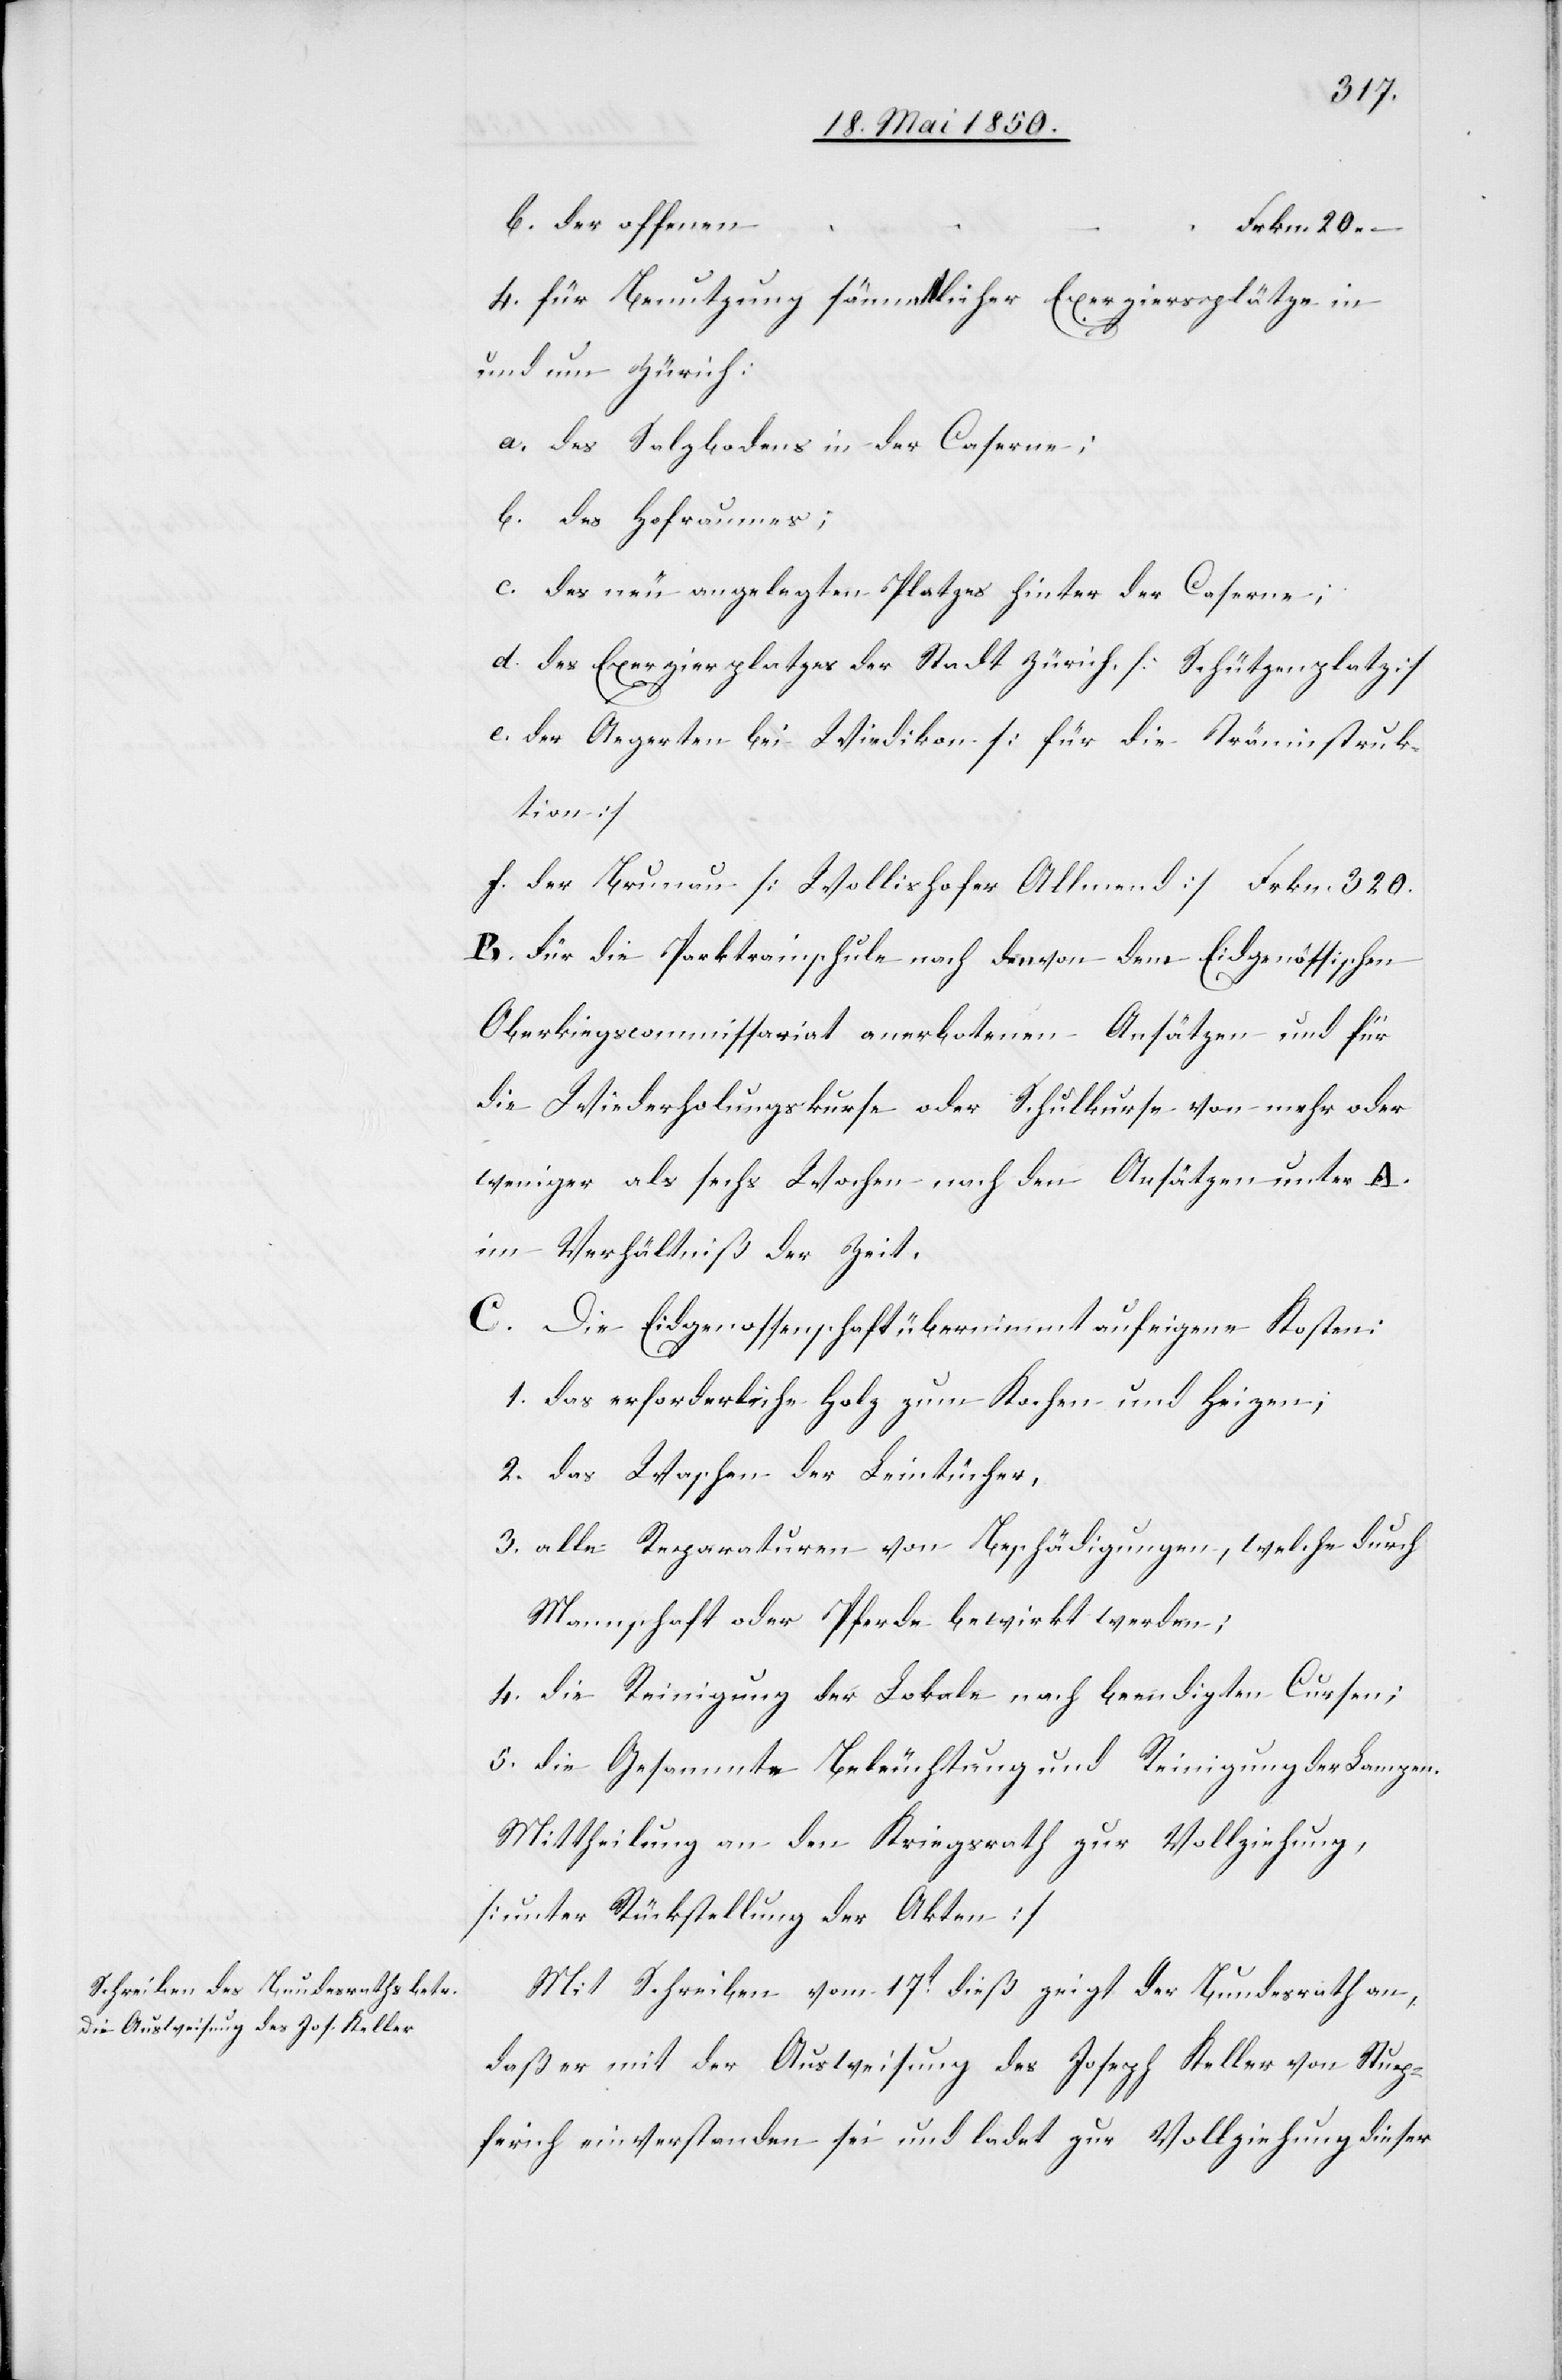
b.
4. für Benutzung sämmtlicher Exerziersplätze in
und um Zürich:
a. des Salzbodens in der Caserne;
b. des Hofraumes;
c. des neu angelegten Platzes hinter der Caserne;
d. des Exerzierplatzes der Stadt Zürich. [Schützenplatz]
e. der Aegerten bei Wiedikon [für die Träninstruk¬
tion]
f. der Brunau [Wollishofer Allmend] Frkn. 320.
B. Für die Parktrainschule nach den von dem Eidgenössischen
Oberk[r]iegscommissariat anerbotenen Ansätzen und für
die Wiederholungskurse oder Schulkurse von mehr oder
weniger als sechs Wochen nach den Ansätzen unter A.
im Verhältniß der Zeit.
C. Die Eidgenossenschaft übernimmt auf eigene Kosten:
1. das erforderliche Holz zum Kochen und Heizen;
2. das Waschen der Leintücher,
3. alle Reparaturen von Beschädigungen, welche durch
Mannschaft oder Pferde bewirkt werden;
4. die Reinigung der Lokale nach beendigten Cursen;
5. die Gesammte Beleuchtung und Reinigung der Lampen.
Mittheilung an den Kriegsrath zur Vollziehung,
[unter Rückstellung der Akten]
Mit Schreiben vom 17t dieß zeigt der Bundesrath an,
daß er mit der Ausweisung des Joseph Keller von Stup¬
ferich einverstanden sei und ladet zur Vollziehung dieser